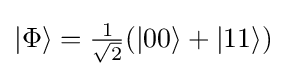
{\textstyle |\Phi \rangle ={\frac {1}{\sqrt {2}}}(|00\rangle +|11\rangle )}